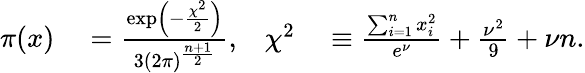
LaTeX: \begin{array}{rlrl}{\pi(x)}&{{}=\frac{\exp\left(-\frac{\chi^{2}}{2}\right)}{3(2\pi)^{\frac{n+1}{2}}},}&{\chi^{2}}&{{}\equiv\frac{\sum_{i=1}^{n}x_{i}^{2}}{e^{\nu}}+\frac{\nu^{2}}{9}+\nu n.}\end{array}